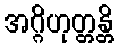
အဂ္ဂိဟုတ္တန္တိ